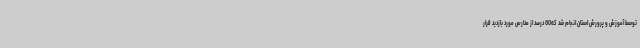
توسط آموزش و پرورش استان انجام شد که60 درصد از مدارس مورد بازدید قرار